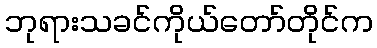
ဘုရားသခင်ကိုယ်တော်တိုင်က